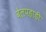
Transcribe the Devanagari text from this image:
बेलपहाड़ी